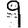
Digit: 9